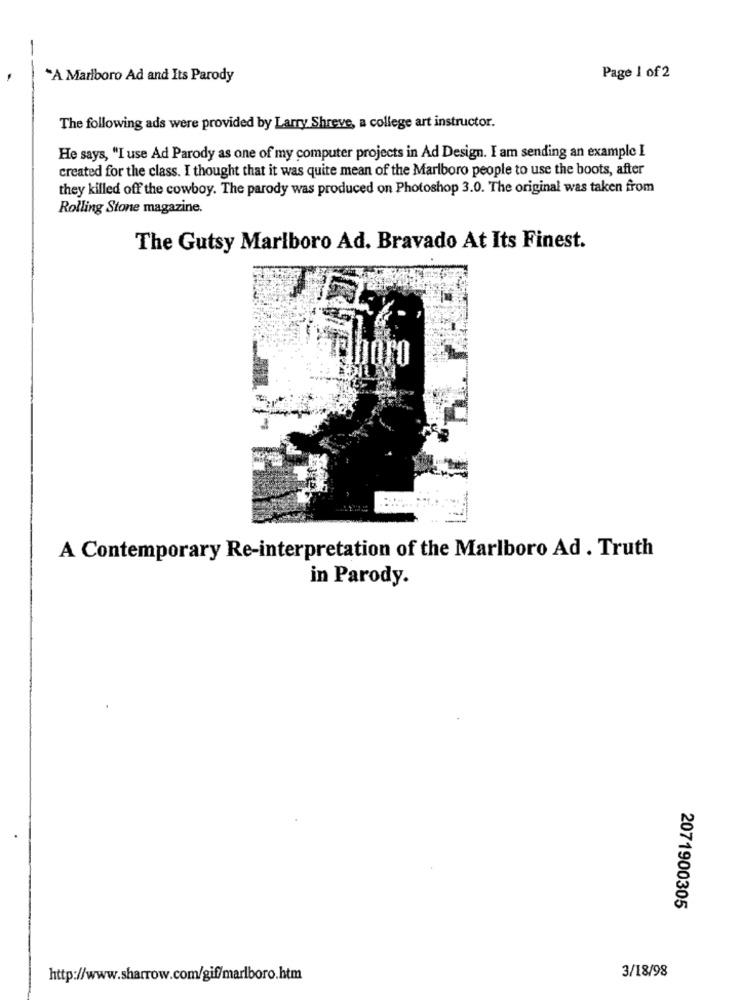
*A Marlboro Ad and Its Parody
Page 1 of 2
The following ads were provided by Larry Shreve, a college art instructor.
He says, "I use Ad Parody as one of my computer projects in Ad Design. I am sending an example I
created for the class. I thought that it was quite mean of the Marlboro people to use the boots, after
they killed off the cowboy. The parody was produced on Photoshop 3.0. The original was taken from
Rolling Stone magazine.
The Gutsy Marlboro Ad. Bravado At Its Finest.
A Contemporary Re-interpretation of the Marlboro Ad . Truth
in Parody.
2071900305
3/18/98
http://www.sharrow.com/gif/marlboro.htm